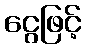
ငွေဖြင့်